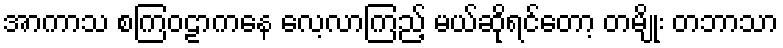
အာကာသ စကြဝဠာကနေ လေ့လာကြည့် မယ်ဆိုရင်တော့ တမျိုး တဘာသာ